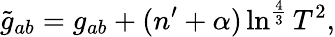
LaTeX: \tilde{g}_{ab}=g_{ab}+(n^{\prime}+\alpha)\ln^{\frac{4}{3}}T^{2},